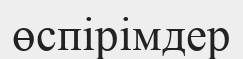
өспірімдер